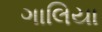
ગાલિયા